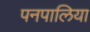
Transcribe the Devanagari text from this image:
पनपालिया